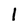
Character: 1